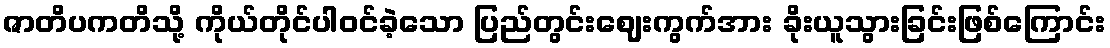
ဇာတိပကတိသို့ ကိုယ်တိုင်ပါဝင်ခဲ့သော ပြည်တွင်းဈေးကွက်အား ခိုးယူသွားခြင်းဖြစ်ကြောင်း